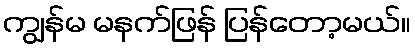
ကျွန်မ မနက်ဖြန် ပြန်တော့မယ်။